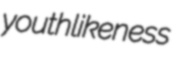
youthlikeness